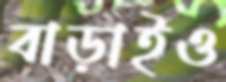
বাড়াইও